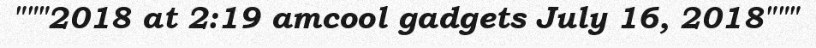
"""2018 at 2:19 amcool gadgets July 16, 2018"""